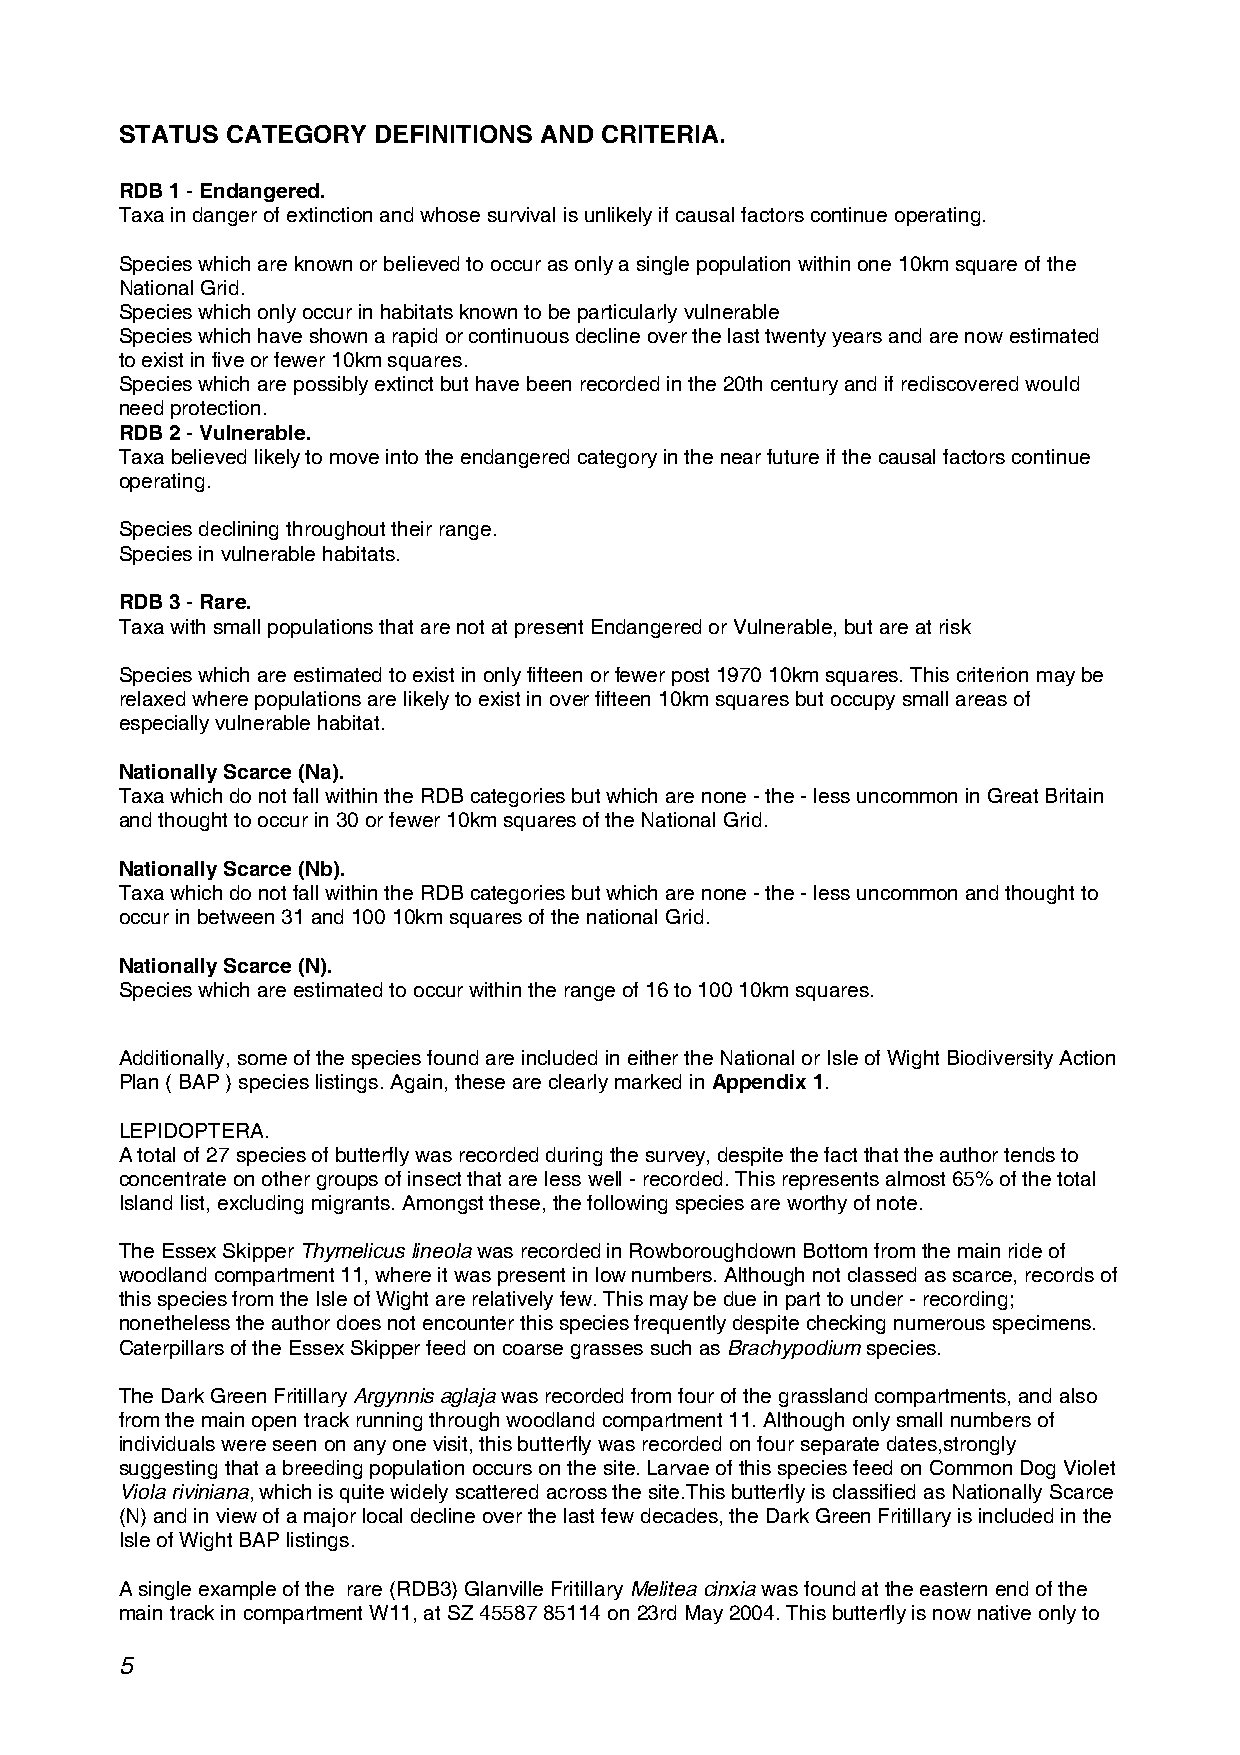
STATUS CATEGORY  DEFINITIONS AND CRITERIA.
 RDB 1 - Endangered.
 Taxa in danger of extinction and whose survival is unlikely if causal factors continue operating.
 Species which are known or believed to occur as only a single population within one 10km square of the
 National Grid.
 Species which only occur in habitats known to be particularly vulnerable
 Species which have shown a rapid or continuous decline over the last twenty years and are now estimated
 to exist in five or fewer 10km squares.
 Species which are possibly extinct but have been recorded in the 20th century and if rediscovered would
 need protection.
 RDB 2 - Vulnerable.
 Taxa believed likely to move into the endangered category in the near future if the causal factors continue
 operating.
 Species declining throughout their range.
 Species in vulnerable habitats.
 RDB 3 - Rare.
 Taxa with small populations that are not at present Endangered or Vulnerable, but are at risk
 Species which are estimated to exist in only fifteen or fewer post 1970 10km squares. This criterion may be
 relaxed where populations are likely to exist in over fifteen 10km squares but occupy small areas of
 especially vulnerable habitat.
 Nationally Scarce (Na).
 Taxa which do not fall within the RDB categories but which are none - the - less uncommon in Great Britain
 and thought to occur in 30 or fewer 10km squares of the National Grid.
 Nationally Scarce (Nb).
 Taxa which do not fall within the RDB categories but which are none - the - less uncommon and thought to
 occur in between 31 and 100 10km squares of the national Grid.
 Nationally Scarce (N).
 Species which are estimated to occur within the range of 16 to 100 10km squares.
 Additionally, some of the species found are included in either the National or Isle of Wight Biodiversity Action
 Plan ( BAP ) species listings. Again, these are clearly marked in Appendix 1.
 LEPIDOPTERA.
 A total of 27 species of butterfly was recorded during the survey, despite the fact that the author tends to
 concentrate on other groups of insect that are less well - recorded. This represents almost 65% of the total
 Island list, excluding migrants. Amongst these, the following species are worthy of note.
 The Essex Skipper Thymelicus lineola was recorded in Rowboroughdown Bottom from the main ride of
 woodland compartment 11, where it was present in low numbers. Although not classed as scarce, records of
 this species from the Isle of Wight are relatively few. This may be due in part to under - recording;
 nonetheless the author does not encounter this species frequently despite checking numerous specimens.
 Caterpillars of the Essex Skipper feed on coarse grasses such as Brachypodium species.
 The Dark Green Fritillary Argynnis aglaja was recorded from four of the grassland compartments, and also
 from the main open track running through woodland compartment 11. Although only small numbers of
 individuals were seen on any one visit, this butterfly was recorded on four separate dates,strongly
 suggesting that a breeding population occurs on the site. Larvae of this species feed on Common Dog Violet
 Viola riviniana, which is quite widely scattered across the site.This butterfly is classified as Nationally Scarce
 (N) and in view of a major local decline over the last few decades, the Dark Green Fritillary is included in the
 Isle of Wight BAP listings.
 A single example of the rare (RDB3) Glanville Fritillary Melitea cinxia was found at the eastern end of the
 main track in compartment W11, at SZ 45587 85114 on 23rd May 2004. This butterfly is now native only to
 5